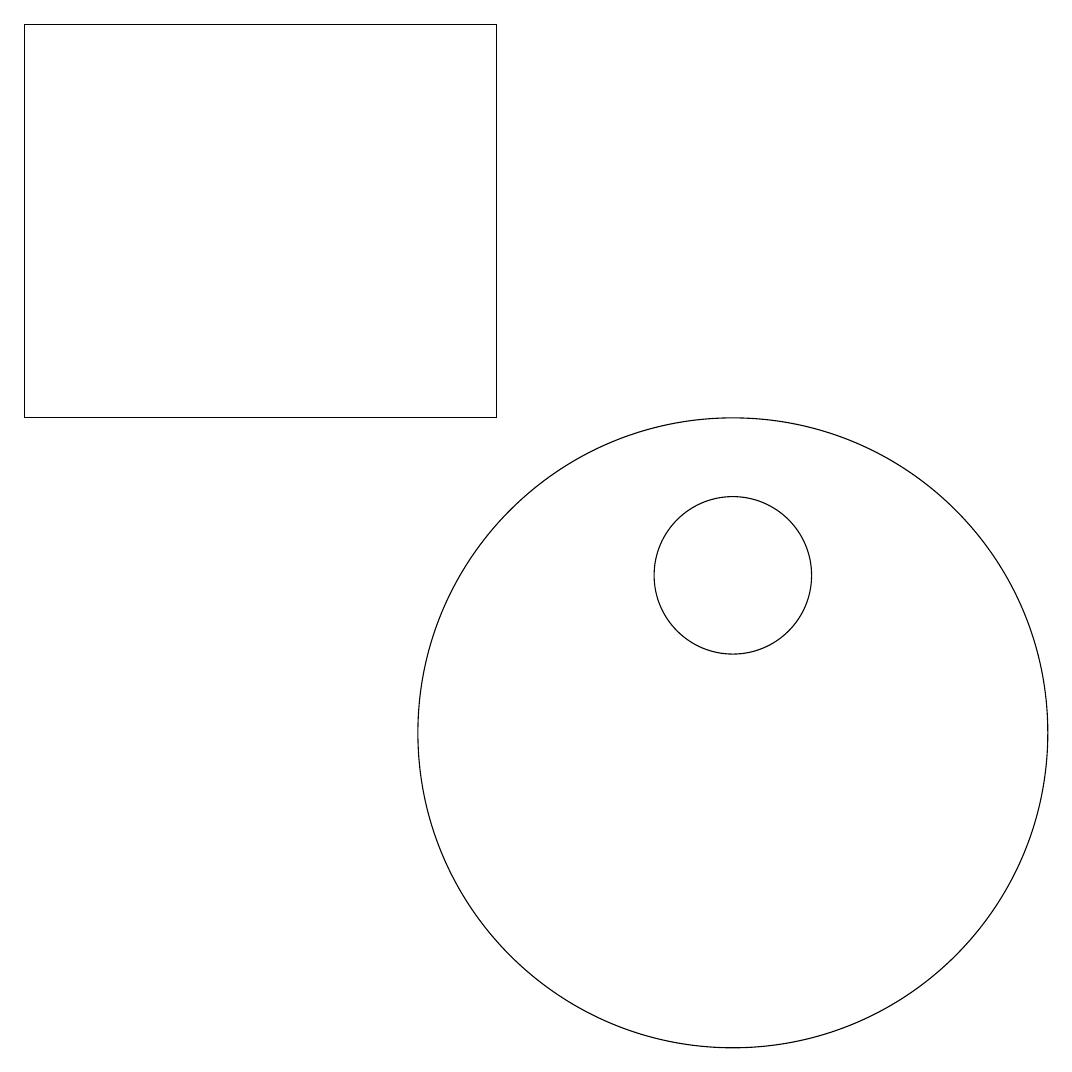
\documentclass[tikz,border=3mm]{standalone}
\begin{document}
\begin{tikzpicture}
\draw (9,19) rectangle (3,14);
\draw (12,10) circle (4);
\draw (12,12) circle (1);
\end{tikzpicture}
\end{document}